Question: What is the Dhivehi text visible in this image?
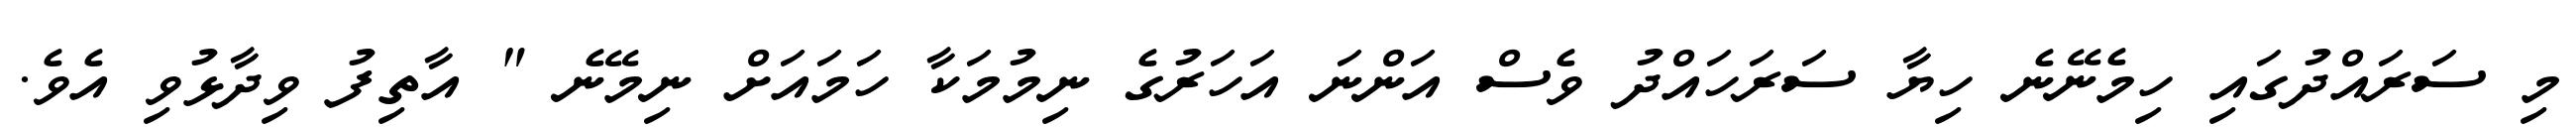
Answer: މި ސަރައްދުގައި ހިމެނޭނެ ހިޔާ ސަރަހައްދު ވެސް އަންނަ އަހަރުގެ ނިމުމަކާ ހަމައަށް ނިމޭނެ " އާތިފު ވިދާޅުވި އެވެ.